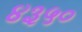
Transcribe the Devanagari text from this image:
४३५०